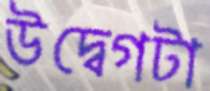
উদ্বেগটা